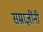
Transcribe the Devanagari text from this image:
सम्राज्ञींनी